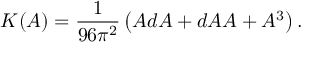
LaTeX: K ( A ) = \frac { 1 } { 9 6 \pi ^ { 2 } } \left( A d A + d A A + A ^ { 3 } \right) .